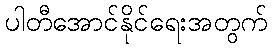
ပါတီအောင်နိုင်ရေးအတွက်